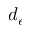
d _ { e }